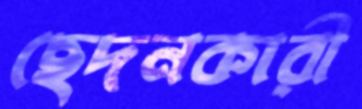
ছেদনকারী